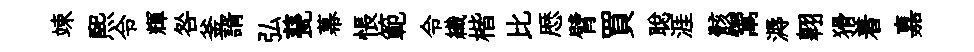
竦熙令輝咎釜諝弘甆幕悵範令織楷比厯臂買聪涯骸鬻溽翱猾着嘉